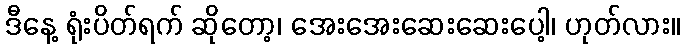
ဒီနေ့ ရုံးပိတ်ရက် ဆိုတော့၊ အေးအေးဆေးဆေးပေါ့၊ ဟုတ်လား။